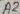
Text: A2